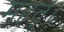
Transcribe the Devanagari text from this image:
महत्।